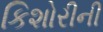
કિશોરીની